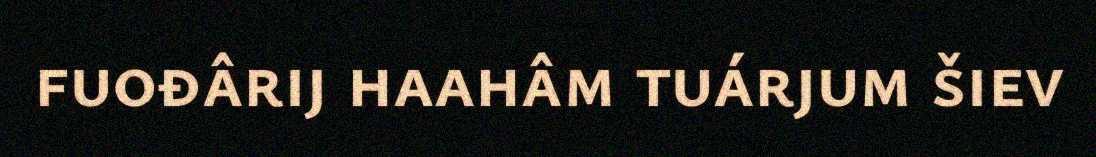
fuođârij haahâm tuárjum šiev